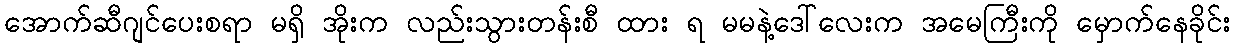
အောက်ဆီဂျင်ပေးစရာ မရှိ အိုးက လည်းသွားတန်းစီ ထား ရ မမနဲ့ဒေါ်လေးက အမေကြီးကို မှောက်နေခိုင်း